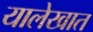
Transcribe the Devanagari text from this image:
यालेखात